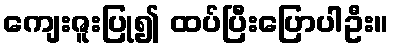
ကျေးဇူးပြု၍ ထပ်ပြီးပြောပါဦး။